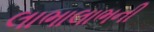
લાભાલાભની